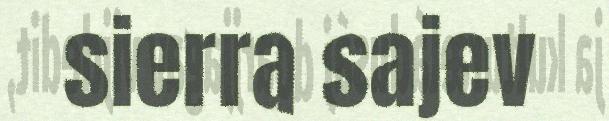
sierra sajev